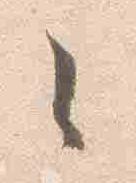
々